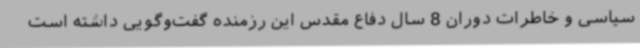
سیاسی و خاطرات دوران 8 سال دفاع مقدس این رزمنده گفت‌وگویی داشته است